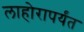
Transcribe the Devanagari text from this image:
लाहोरापर्यंत